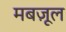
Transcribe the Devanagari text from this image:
मबज़ूल